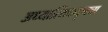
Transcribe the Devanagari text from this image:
अध्यात्मिकदृष्ट्या